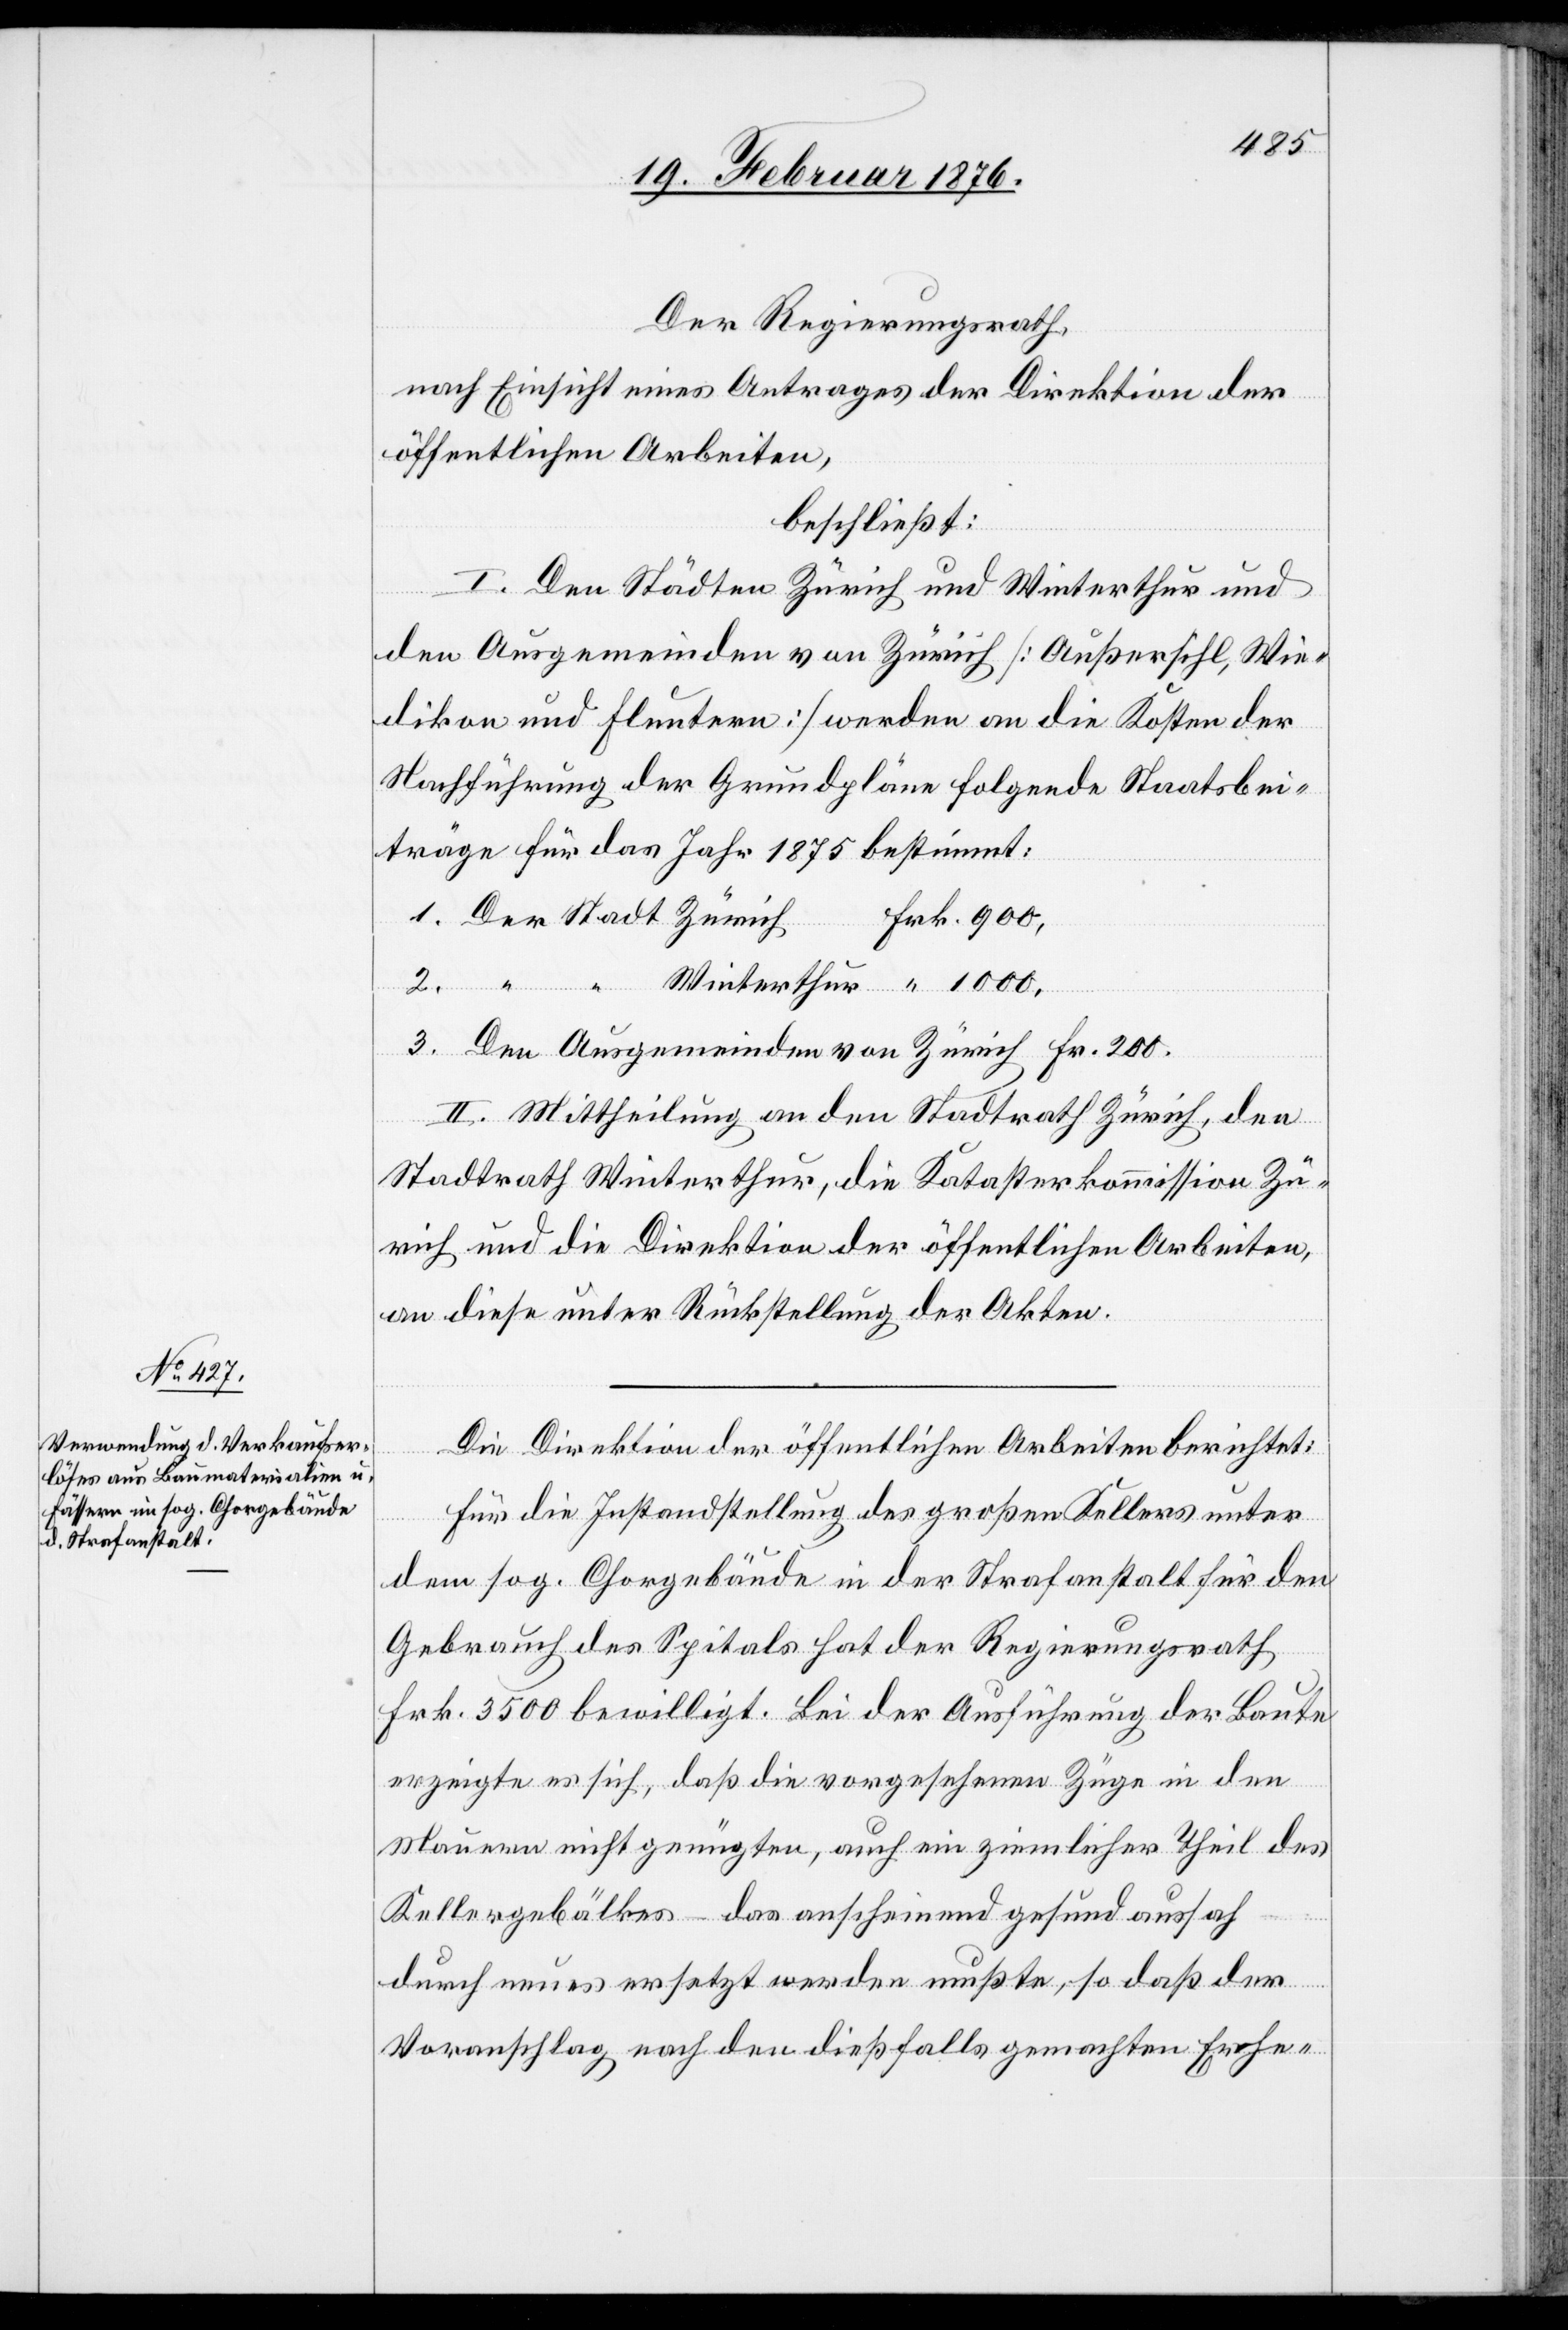
Der Regierungsrath,
nach Einsicht eines Antrages der Direktion der
öffentlichen Arbeiten,
beschließt:
I. Den Städten Zürich und Winterthur und
den Ausgemeinden von Zürich [Außersihl, Wie¬
dikon und Fluntern] werden an die Kosten der
Nachführung der Grundpläne folgende Staatsbei¬
träge für das Jahr 1875 bestimmt:
Ausgemein¬
den von
Frk.
II. Mittheilung an den Stadtrath Zürich, den
Stadtrath Winterthur, die Katasterkommission Zü¬
rich und die Direktion der öffentlichen Arbeiten,
an diese unter Rückstellung der Akten.
Die Direktion der öffentlichen Arbeiten berichtet:
Für die Instandstellung des großen Kellers unter
dem sog. Chorgebäude in der Strafanstalt für den
Gebrauch des Spitals hat der Regierungsrath
Frk. 3500 bewilligt. Bei der Ausführung der Baute
erzeigte es sich, daß die vorgefundenen Züge in den
Mauern nicht genügten, auch ein ziemlicher Theil des
Kellergebälkes – das anscheinend gesund aussah
durch neues ersetzt werden mußte, so daß der
Voranschlag nach den dießfalls gemachten Erhe-